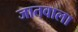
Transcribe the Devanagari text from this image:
जातवाला